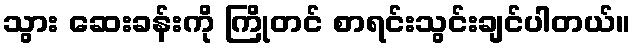
သွား ဆေးခန်းကို ကြိုတင် စာရင်းသွင်းချင်ပါတယ်။